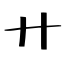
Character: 廾